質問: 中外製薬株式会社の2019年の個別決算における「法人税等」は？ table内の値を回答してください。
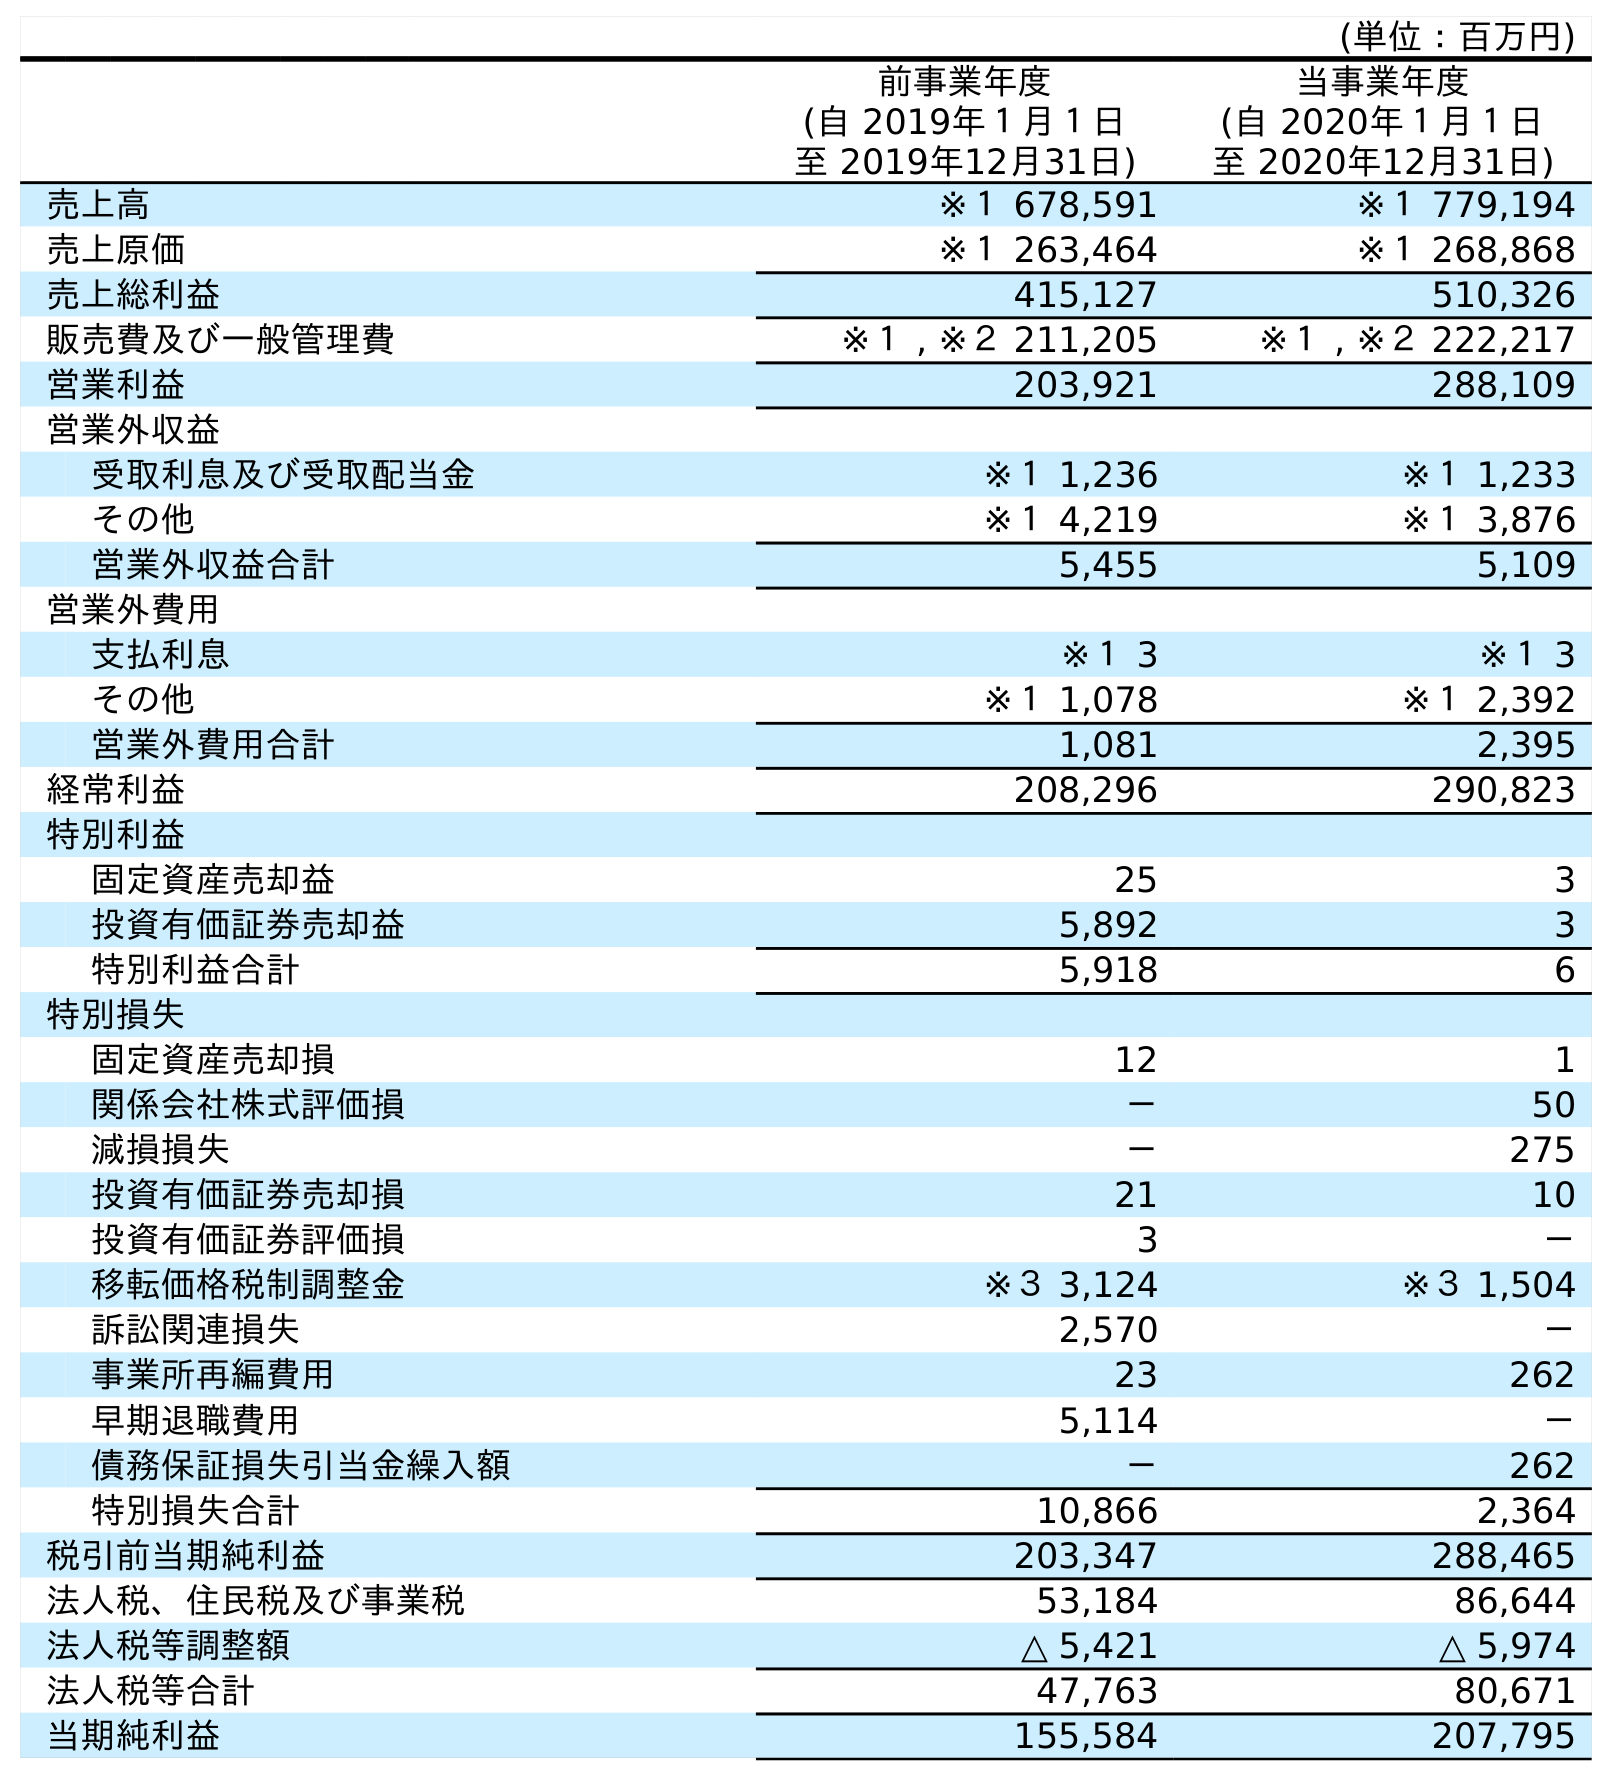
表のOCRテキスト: (単位：百万円) 前事業年度 (自 2019年１月１日 至 2019年12月31日) 当事業年度 (自 2020年１月１日 至 2020年12月31日) 売上高 ※１ 678,591 ※１ 779,194 売上原価 ※１ 263,464 ※１ 268,868 売上総利益 415,127 510,326 販売費及び一般管理費 ※１ , ※２ 211,205 ※１ , ※２ 222,217 営業利益 203,921 288,109 営業外収益 受取利息及び受取配当金 ※１ 1,236 ※１ 1,233 その他 ※１ 4,219 ※１ 3,876 営業外収益合計 5,455 5,109 営業外費用 支払利息 ※１ 3 ※１ 3 その他 ※１ 1,078 ※１ 2,392 営業外費用合計 1,081 2,395 経常利益 208,296 290,823 特別利益 固定資産売却益 25 3 投資有価証券売却益 5,892 3 特別利益合計 5,918 6 特別損失 固定資産売却損 12 1 関係会社株式評価損 － 50 減損損失 － 275 投資有価証券売却損 21 10 投資有価証券評価損 3 － 移転価格税制調整金 ※３ 3,124 ※３ 1,504 訴訟関連損失 2,570 － 事業所再編費用 23 262 早期退職費用 5,114 － 債務保証損失引当金繰入額 － 262 特別損失合計 10,866 2,364 税引前当期純利益 203,347 288,465 法人税、住民税及び事業税 53,184 86,644 法人税等調整額 △ 5,421 △ 5,974 法人税等合計 47,763 80,671 当期純利益 155,584 207,795
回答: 47,763